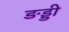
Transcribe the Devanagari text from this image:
ङड्डी